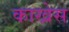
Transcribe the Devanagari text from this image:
काखेस